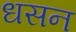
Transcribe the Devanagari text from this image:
धसन